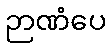
ဉာဏံပေ